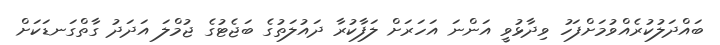
ބައްދަލުކުރެއްވުމަށްފަހު ވިދާޅުވީ އަންނަ އަހަރަށް ލަފާކުރާ ދައުލަތުގެ ބަޖެޓުގެ ޖުމްލަ އަދަދު ގާތްގަނޑަކަށް